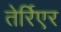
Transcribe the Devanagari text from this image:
तेर्रिएर